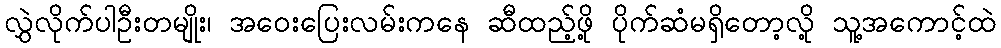
လွှဲလိုက်ပါဦးတမျိုး၊ အဝေးပြေးလမ်းကနေ ဆီထည့်ဖို့ ပိုက်ဆံမရှိတော့လို့ သူ့အကောင့်ထဲ